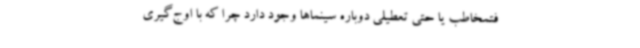
فتمخاطب یا حتی تعطیلی دوباره سینماها وجود دارد چرا که با اوج‌گیری